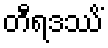
တီရဒဿိံ